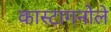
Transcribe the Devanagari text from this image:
कास्टागनोले